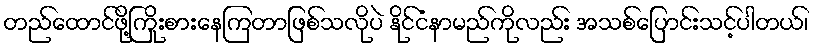
တည်ထောင်ဖို့ကြိုးစားနေကြတာဖြစ်သလိုပဲ နိုင်ငံနာမည်ကိုလည်း အသစ်ပြောင်းသင့်ပါတယ်၊